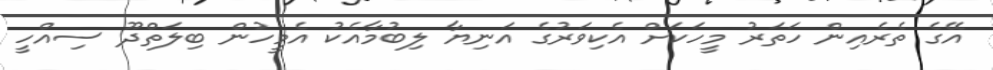
އޭގެ ތެރެއިން ހަތަރު މީހަކަށް އެކިވަރުގެ އަނިޔާ ލިބުމާއެކު އެމީހުން ބިލަތްދޫ ސިއްހީ